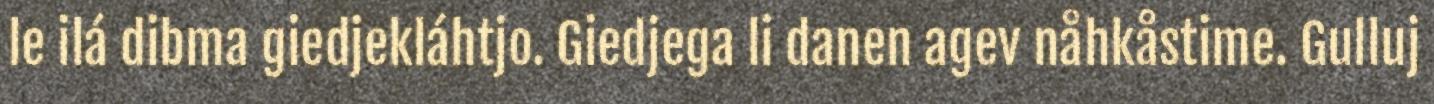
le ilá dibma giedjekláhtjo. Giedjega li danen agev nåhkåstime. Gulluj